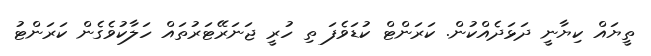
ތީޔައް ކިޔާނީ ދަޅަދެއްކުން. ކަރަންޓް ކުޑަވެފަ ތި ހުރީ ޖަނަރޭޓަރުތައް ހަލާކުވެގެން ކަރަންޓު